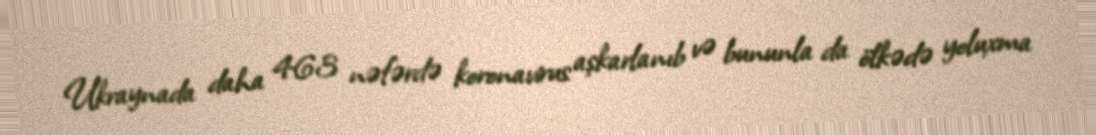
Ukraynada daha 463 nəfərdə koronavirus aşkarlanıb və bununla da ölkədə yoluxma